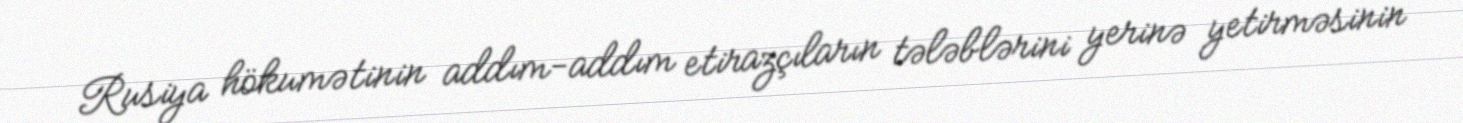
Rusiya hökumətinin addım-addım etirazçıların tələblərini yerinə yetirməsinin